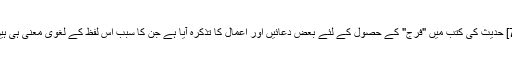
[7] حدیث کی کتب میں "فَرَج" کے حصول کے لئے بعض دعائیں اور اعمال کا تذکرہ آیا ہے جن کا سبب اس لفظ کے لغوی معنی ہی ہیں۔